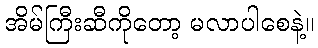
အိမ်ကြီးဆီကိုတော့ မလာပါစေနဲ့။